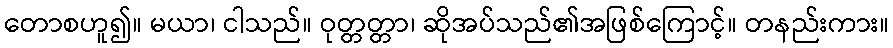
တောစဟူ၍။ မယာ၊ ငါသည်။ ဝုတ္တတ္တာ၊ ဆိုအပ်သည်၏အဖြစ်ကြောင့်။ တနည်းကား။